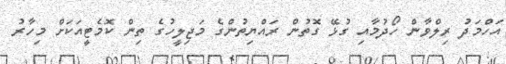
އަހްމަދު ރިލްވާން ހޯދުމާއި ގުޅޭ ގޮތުން ރައްޔިތުންގެ މަޖިލީހުގެ ތިން ކޮމެޓީއަކަށް މިހާރު